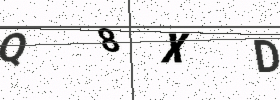
Text: Q8XD